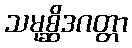
သမုစ္ဆိဒဂတ္တာ